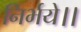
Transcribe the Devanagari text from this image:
निर्भये।।